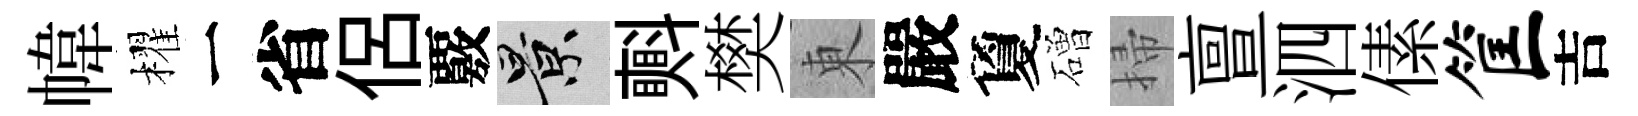
幃櫂一省侶覈景㪺樊東嚴夐磳掃亶泗傃筐吉